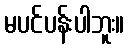
မပင်ပန်းပါဘူး။